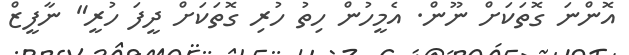
އޮންނަ ގޮތަކަށް ނޫން. އެމީހުން ހިތު ހުރި ގޮތަކަށް ދީފަ ހުރީ" ނާފީޒް